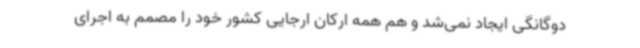
دوگانگی ایجاد نمی‌شد و هم همه ارکان ارجایی کشور خود را مصمم به اجرای